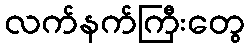
လက်နက်ကြီးတွေ